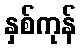
နှစ်ကုန်